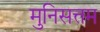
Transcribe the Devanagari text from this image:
मुनिसत्तम